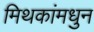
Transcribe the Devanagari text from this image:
मिथकांमधुन